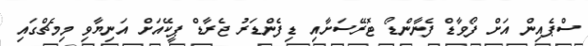
ސްޕެއިން އަށް ފޯވާޑް ފެނާންޑޯ ޓޮރޭސަށާއި ޑިފެންޑަރު ޖެރާޑް ޕީކޭއަށް އަނިޔާވި މިމެޗްގައި